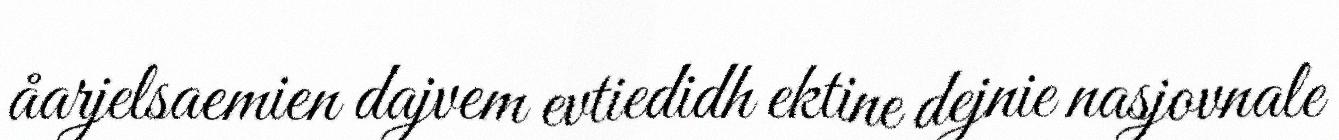
åarjelsaemien dajvem evtiedidh ektine dejnie nasjovnale